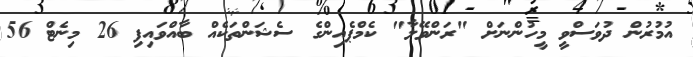
އުމުރުން ދުވަސްވީ މީހުންނަށް "ރަންވޭލާ" ކެމްޕެއިންގެ ސެޝަންތަކެއް ބާއްވައިފި 26 މިނެޓް 56